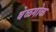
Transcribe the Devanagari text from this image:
बेळगोळ